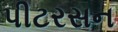
પીટરસન